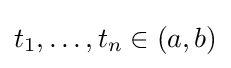
t_{1},\ldots ,t_{n}\in (a,b)